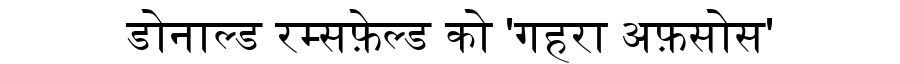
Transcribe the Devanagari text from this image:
डोनाल्ड रम्सफ़ेल्ड को 'गहरा अफ़सोस'